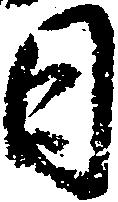
日